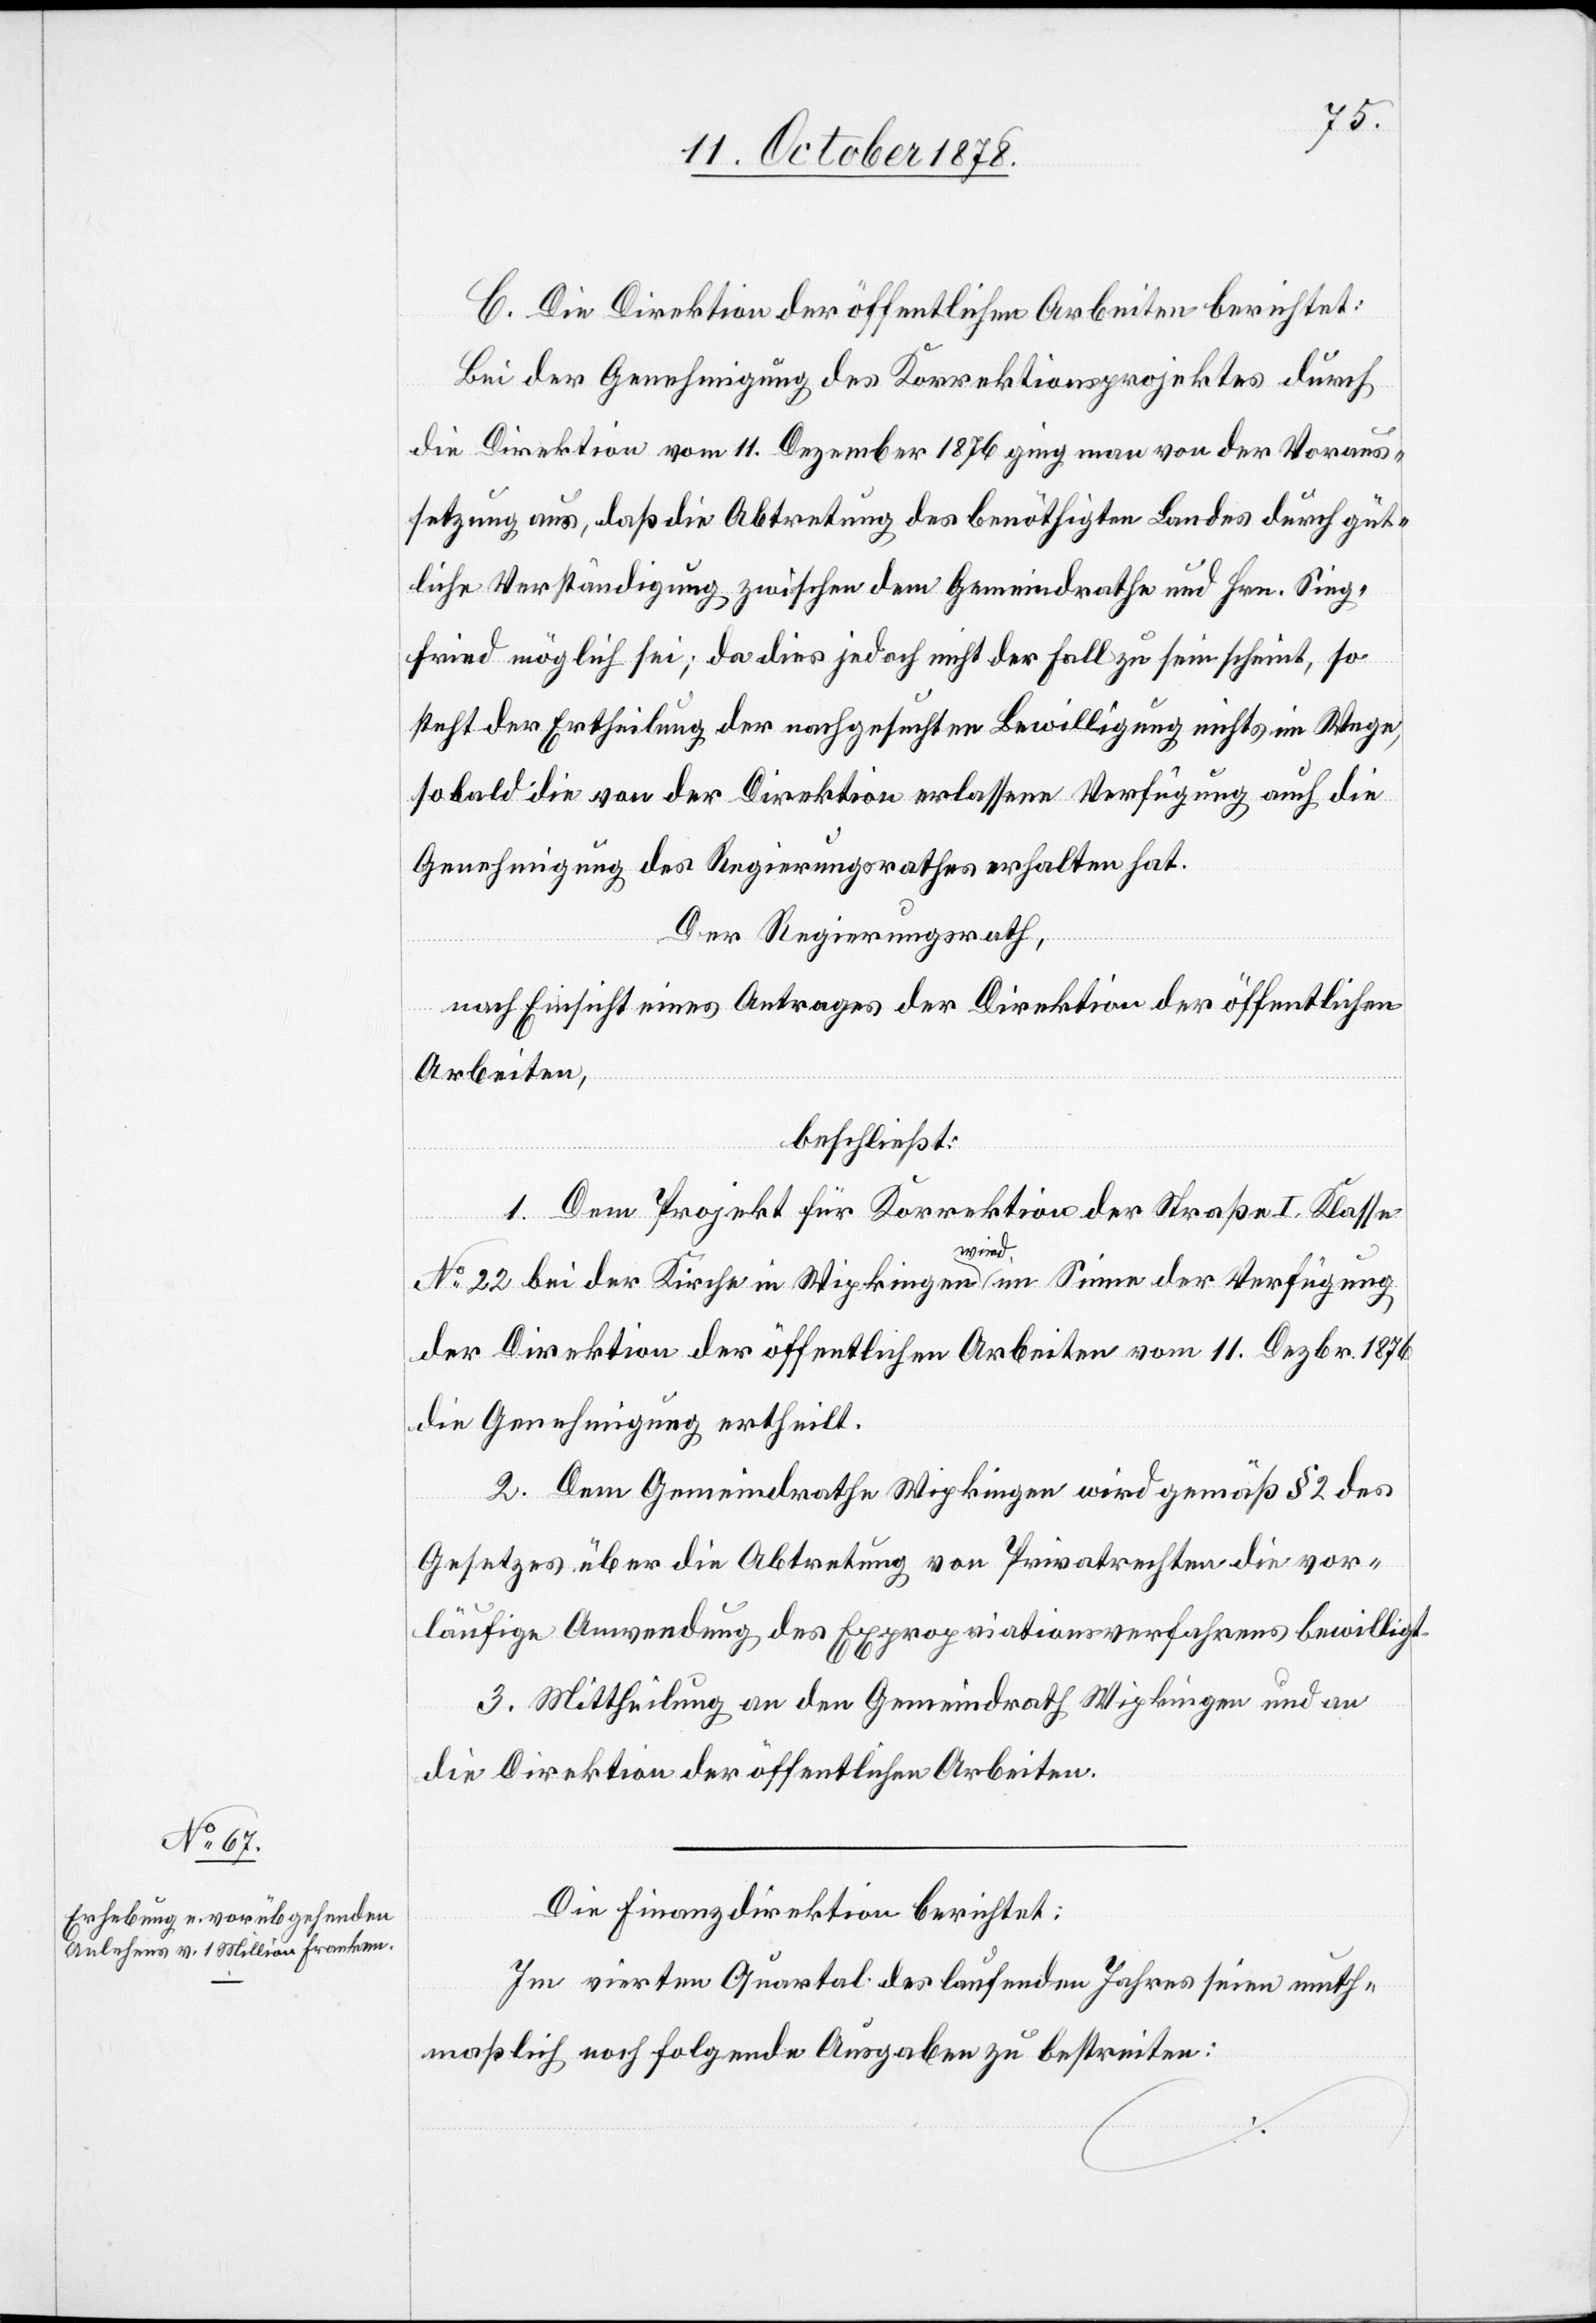
C. Die Direktion der öffentlichen Arbeiten berichtet:
Bei der Genehmigung des Korrektionsprojektes durch
die Direktion vom 11. Dezember 1876 ging man von der Voraus¬
setzung aus, daß die Abtretung des benöthigten Landes durch güt¬
liche Verständigung zwischen dem Gemeindrathe und Hrn. Sieg¬
fried möglich sei; da dies jedoch nicht der Fall zu sein scheint, so
steht der Ertheilung der nachgesuchten Bewilligung nichts im Wege,
sobald die von der Direktion erlassene Verfügung auch die
Genehmigung des Regierungsrathes erhalten hat.
Der Regierungsrath,
nach Einsicht eines Antrages der Direktion der öffentlichen
Arbeiten,
beschließt:
1. Dem Projekt für Korrektion der Straße I. Klasse
No 22 bei der Kirche in Wipkingen wird im Sinne der Verfügung
der Direktion der öffentlichen Arbeiten vom 11. Dezbr. 1876
die Genehmigung ertheilt.
2. Dem Gemeindrathe Wipkingen wird gemäß § 2 des
Gesetzes über die Abtretung von Privatrechten die vor¬
läufige Anwendung des Expropriationsverfahrens bewilligt.
3. Mittheilung an den Gemeindrath Wipkingen und an
die Direktion der öffentlichen Arbeiten.
Die Finanzdirektion berichtet:
Im vierten Quartal des laufenden Jahres seien muth¬
maßlich noch folgende Ausgaben zu bestreiten: